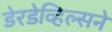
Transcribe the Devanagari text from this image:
डेरडेव्हिल्सने